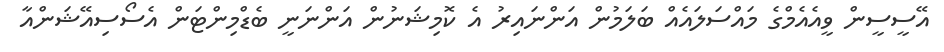
އޭސީސީން ވީއެއެމްގެ މައްސަލައެއް ބަލަމުން އަންނައިރު އެ ކޮމިޝަނުން އަންނަނީ ބެޑްމިންޓަން އެސޯސިއޭޝަންއާ